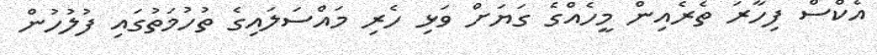
އެކްސް ފިހާރަ ތެރެއިން މީހެއްގެ ގަޔަށް ވަޅި ހެރި މައްސަލައިގެ ތުހުމަތުގައި ފުލުހުން